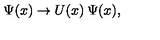
\Psi ( x ) \rightarrow U ( x ) \: \Psi ( x ) ,